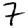
Digit: 7